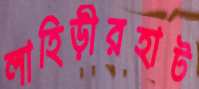
লাহিড়ীরহাট